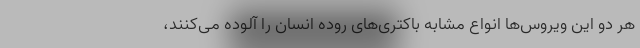
هر دو این ویروس‌ها انواع مشابه باکتری‌های روده انسان را آلوده می‌کنند،